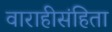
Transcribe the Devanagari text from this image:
वाराहीसंहिता